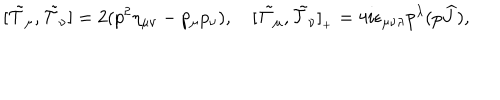
LaTeX: [ \tilde { \cal T } _ { \mu } , \tilde { \cal T } _ { \nu } ] = 2 ( p ^ { 2 } \eta _ { \mu \nu } - p _ { \mu } p _ { \nu } ) , \quad [ \tilde { \cal T } _ { \mu } , \tilde { \cal T } _ { \nu } ] _ { { } _ { + } } = 4 i \epsilon _ { \mu \nu \lambda } p ^ { \lambda } ( p \widehat { J } ) ,